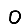
Digit: 0